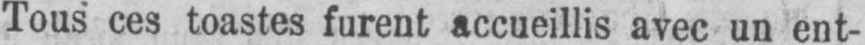
Tous ces toastes furent accueillis avec un ent-